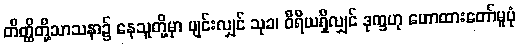
တိတ္ထိတို့သာသနာ၌ နေသူတို့မှာ ပျင်းလျှင် သုခ၊ ဝီရိယရှိလျှင် ဒုက္ခဟု ဟောထားတော်မူပုံ